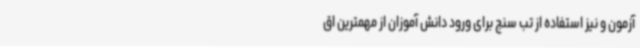
آزمون و نیز استفاده از تب سنج برای ورود دانش آموزان از مهمترین اق